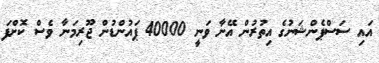
އައި ސަސްޕެންޝަނުގެ އިތުރުން އޭނާ ވަނީ 40000 ޕައުންޑުން ޖޫރިމަނާ ވެސް ކޮށްފަ